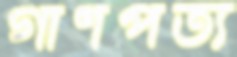
গাণপত্য